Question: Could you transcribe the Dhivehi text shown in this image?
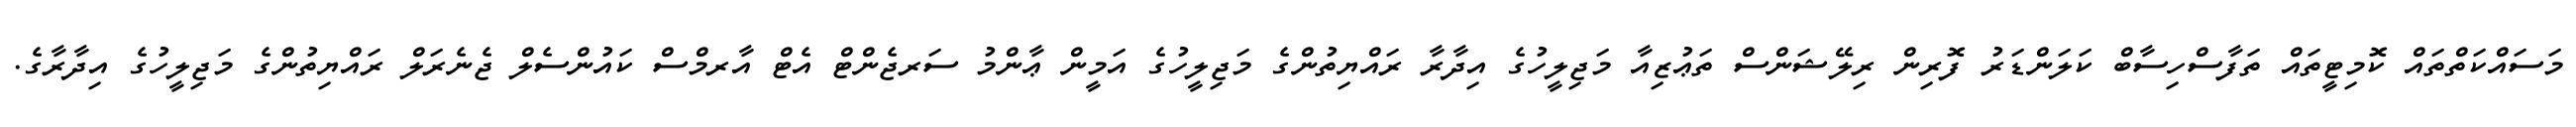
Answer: މަސައްކަތްތައް ކޮމިޓީތައް ތަފާސްހިސާބް ކަލަންޑަރު ފޮރިން ރިލޭޝަންސް ތަޢުޒިއާ މަޖިލީހުގެ އިދާރާ ރައްޔިތުންގެ މަޖިލީހުގެ އަމީން ޢާންމު ސަރޖެންޓް އެޓް އާރމްސް ކައުންސެލް ޖެނެރަލް ރައްޔިތުންގެ މަޖިލީހުގެ އިދާރާގެ.